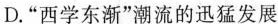
D.”西学东渐”潮流的迅猛发展